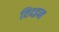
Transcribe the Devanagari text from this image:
विदइन